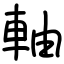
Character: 軸